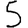
Digit: 5